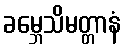
ခမ္ဘေသိမတ္တာနံ